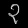
Digit: ၃